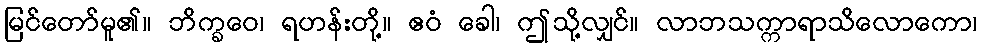
မြင်တော်မူ၏။ ဘိက္ခဝေ၊ ရဟန်းတို့။ ဧဝံ ခေါ၊ ဤသို့လျှင်။ လာဘသက္ကာရာသိလောကော၊